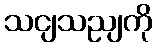
သငျသညျကို